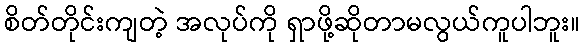
စိတ်တိုင်းကျတဲ့ အလုပ်ကို ရှာဖို့ဆိုတာမလွယ်ကူပါဘူး။